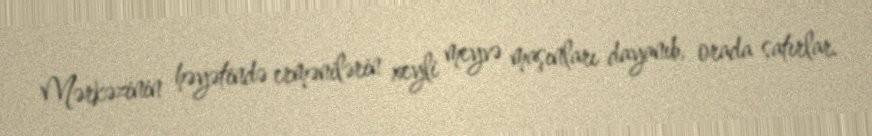
Mərkəzinin həyətində ermənilərin xeyli meyvə maşınları dayanıb, orada satırlar.